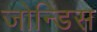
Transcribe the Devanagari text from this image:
जोन्डिस